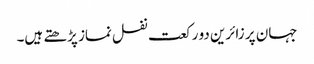
جہان پر زائرین دو رکعت نفل نماز پڑھتے ہیں۔